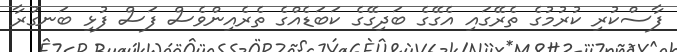
ފާސްކުރި ކުރުމުގެ ތެރޭގައި އެގޭގެ ބަދިގޭގެ ކަބަޑެއްގެ ތެރެއިންވެސް ފަސް ފުޅި ބަނގުރާ